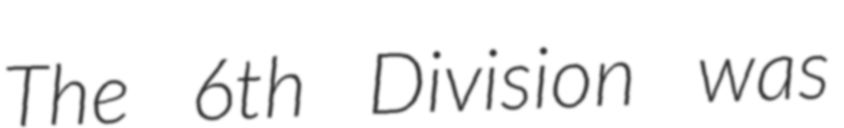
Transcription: The 6th Division was